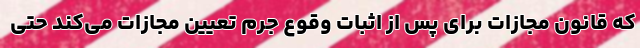
که قانون مجازات برای پس از اثبات وقوع جرم تعیین مجازات می‌کند حتی